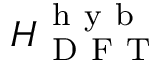
H _ { \mathrm { ~ D ~ F ~ T ~ } } ^ { \mathrm { ~ h ~ y ~ b ~ } }